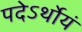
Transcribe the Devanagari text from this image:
पदेऽर्थोयं